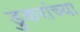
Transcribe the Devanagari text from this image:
डुकरांच्या